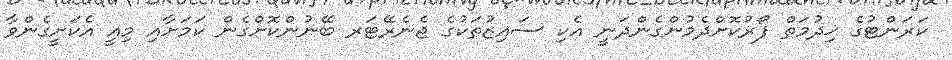
ކަރަންޓުގެ ޚިދުމަތް ފޯރުކޮށްދެމުންގެންދަނީ އެކި ސައިޒުތަކުގެ ޖެނެރޭޓަރ ބޭނުންކޮށްގެން ކަމަށާއި މިއީ އެކަށީގެންވާ